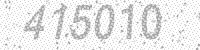
Solution: 415010